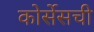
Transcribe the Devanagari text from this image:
कोर्सेसची